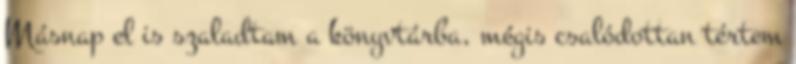
Másnap el is szaladtam a könyvtárba, mégis csalódottan tértem